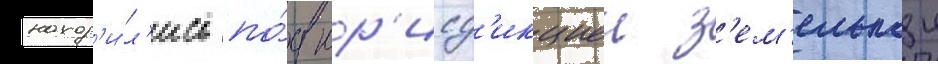
наход'и́л'ись по́д юр'исд'икциеи з'ем'ельнои